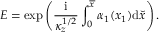
E = \exp \left( \frac { \mathrm { i } } { \kappa _ { z } ^ { 1 / 2 } } \int _ { 0 } ^ { \overline { { x } } } \alpha _ { 1 } ( x _ { 1 } ) \mathrm { d } \breve { x } \right) .